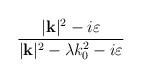
LaTeX: \begin{align*}\frac{|\mathbf{k}|^{2}-i\varepsilon }{|\mathbf{k}|^{2}-\lambda k_{0}^{2}-i\varepsilon }\end{align*}